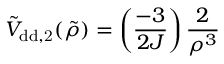
\tilde { V } _ { \mathrm { { d d } , 2 } } ( \tilde { \rho } ) = \left( \frac { - 3 } { 2 J } \right) \frac { 2 } { \rho ^ { 3 } }